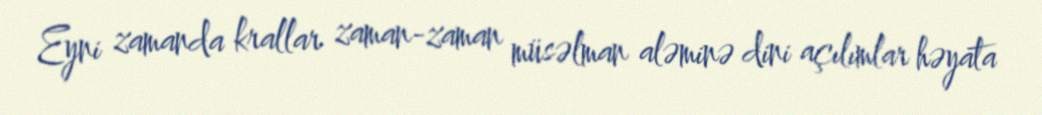
Eyni zamanda krallar zaman-zaman müsəlman aləminə dini açılımlar həyata